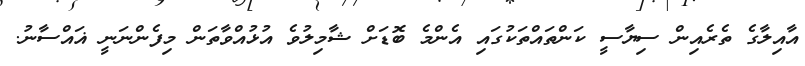
އާއިލާގެ ތެރެއިން ސިޔާސީ ކަންތައްތަކުގައި އެންމެ ބޮޑަށް ޝާމިލުވެ އުޅުއްވާތަން މިފެންނަނީ ޣައްސާނު.